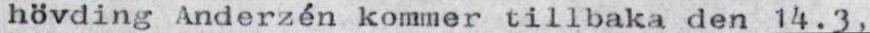
hövding Anderzén kommer tillbaka den 14.3,